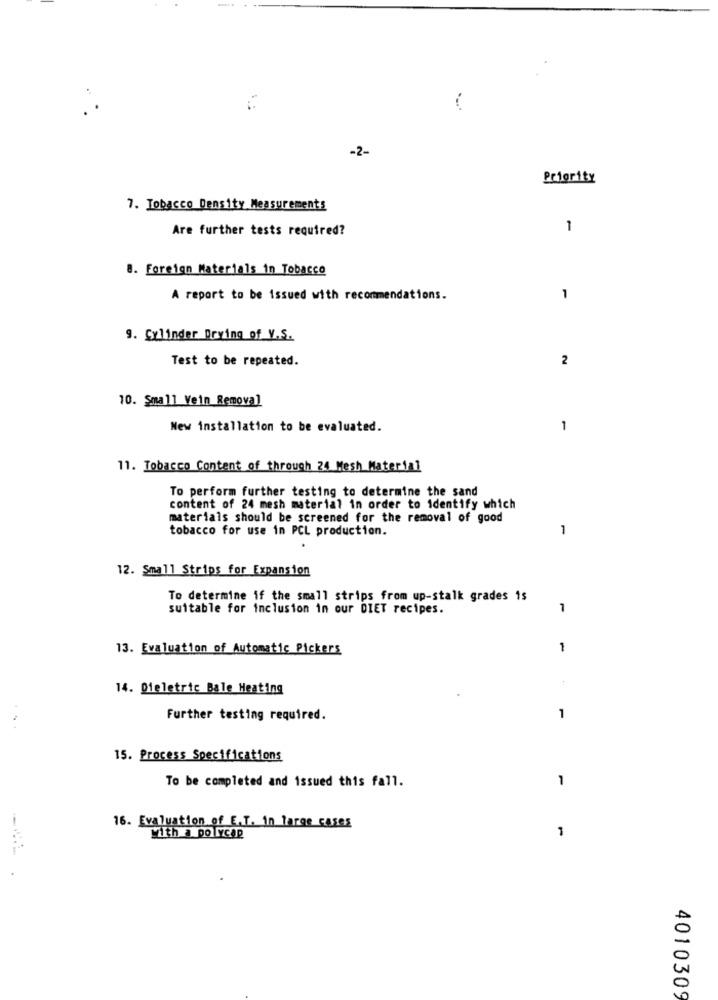
-2-
Priority
7. Tobacco Density Measurements
Are further tests required?
1
8. Foreign Materials in Tobacco
A report to be issued with recommendations.
1
9. Cylinder Drying of V.S.
Test to be repeated.
2
10. Small Vein Removal
New installation to be evaluated.
1
11. Tobacco Content of through 24 Mesh Material
To perform further testing to determine the sand
content of 24 mesh material in order to identify which
materials should be screened for the removal of good
tobacco for use in PCL production.
1
12. Small Strips for Expansion
To determine if the small strips from up-stalk grades is
suitable for inclusion in our DIET recipes.
1
13. Evaluation of Automatic Pickers
1
14. Dieletric Bale Heating
Further testing required.
1
15. Process Specifications
1
To be completed and issued this fall.
16. Evaluation of E.T. in large CASOS
With a po Ycap
.
4010309